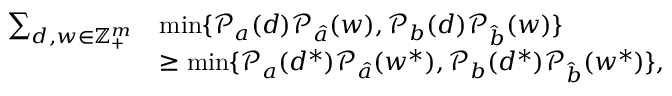
\begin{array} { r l } { \sum _ { d , w \in \mathbb { Z } _ { + } ^ { m } } } & { \operatorname* { m i n } \{ \mathcal { P } _ { a } ( d ) \mathcal { P } _ { \hat { a } } ( w ) , \mathcal { P } _ { b } ( d ) \mathcal { P } _ { \hat { b } } ( w ) \} } \\ & { \geq \operatorname* { m i n } \{ \mathcal { P } _ { a } ( d ^ { * } ) \mathcal { P } _ { \hat { a } } ( w ^ { * } ) , \mathcal { P } _ { b } ( d ^ { * } ) \mathcal { P } _ { \hat { b } } ( w ^ { * } ) \} , } \end{array}